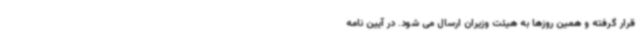
قرار گرفته و همین روزها به هیئت وزیران ارسال می شود. در آیین نامه